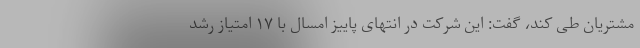
مشتریان طی کند، گفت: این شرکت در انتهای پاییز امسال با ۱۷ امتیاز رشد